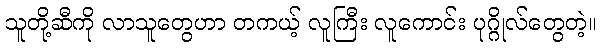
သူတို့ဆီကို လာသူတွေဟာ တကယ့် လူကြီး လူကောင်း ပုဂ္ဂိုလ်တွေတဲ့။